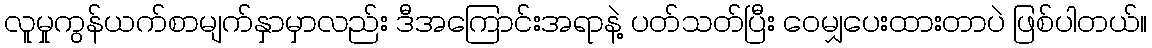
လူမှုကွန်ယက်စာမျက်နှာမှာလည်း ဒီအကြောင်းအရာနဲ့ ပတ်သတ်ပြီး ဝေမျှပေးထားတာပဲ ဖြစ်ပါတယ်။